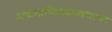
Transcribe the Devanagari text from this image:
अफगाणिस्तानमधल्या